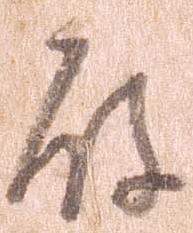
殿